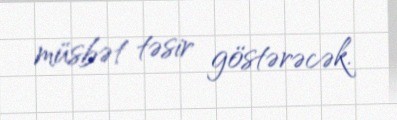
müsbət təsir göstərəcək.